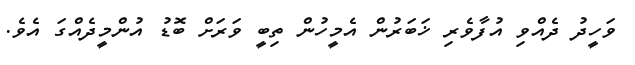
ވަހީދު ދެއްވި އުފާވެރި ޚަބަރުން އެމީހުން ތިބީ ވަރަށް ބޮޑު އުންމީދެއްގަ އެވެ.